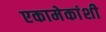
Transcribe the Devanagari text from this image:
एकामेकांशी